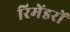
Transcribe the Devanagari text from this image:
रिमेंडरों